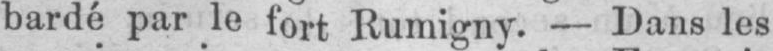
bardé par le fort Rumigny. - Dans les